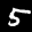
Label: 5